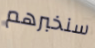
سنخبرهم